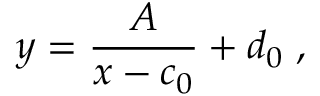
y = { \frac { A } { x - c _ { 0 } } } + d _ { 0 } \; ,